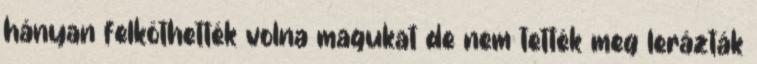
hányan felköthették volna magukat de nem tették meg lerázták